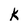
Character: K